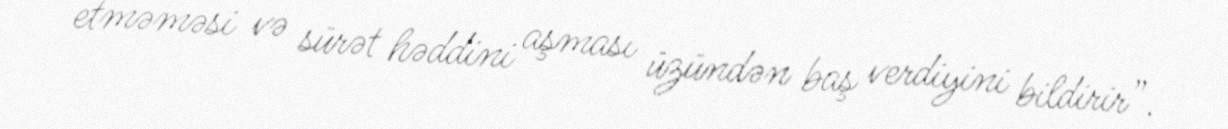
etməməsi və sürət həddini aşması üzündən baş verdiyini bildirir”.